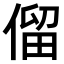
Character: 𠌃